Bréfritari: Ragnheiður Daníelsdóttir
Viðtakandi: Daníel Halldórsson
Dagsetning: A-1891-10-31
Skrifað á: Skeggjastöðum  N-Múl. ?
Ragnheiður var dóttir Daníels

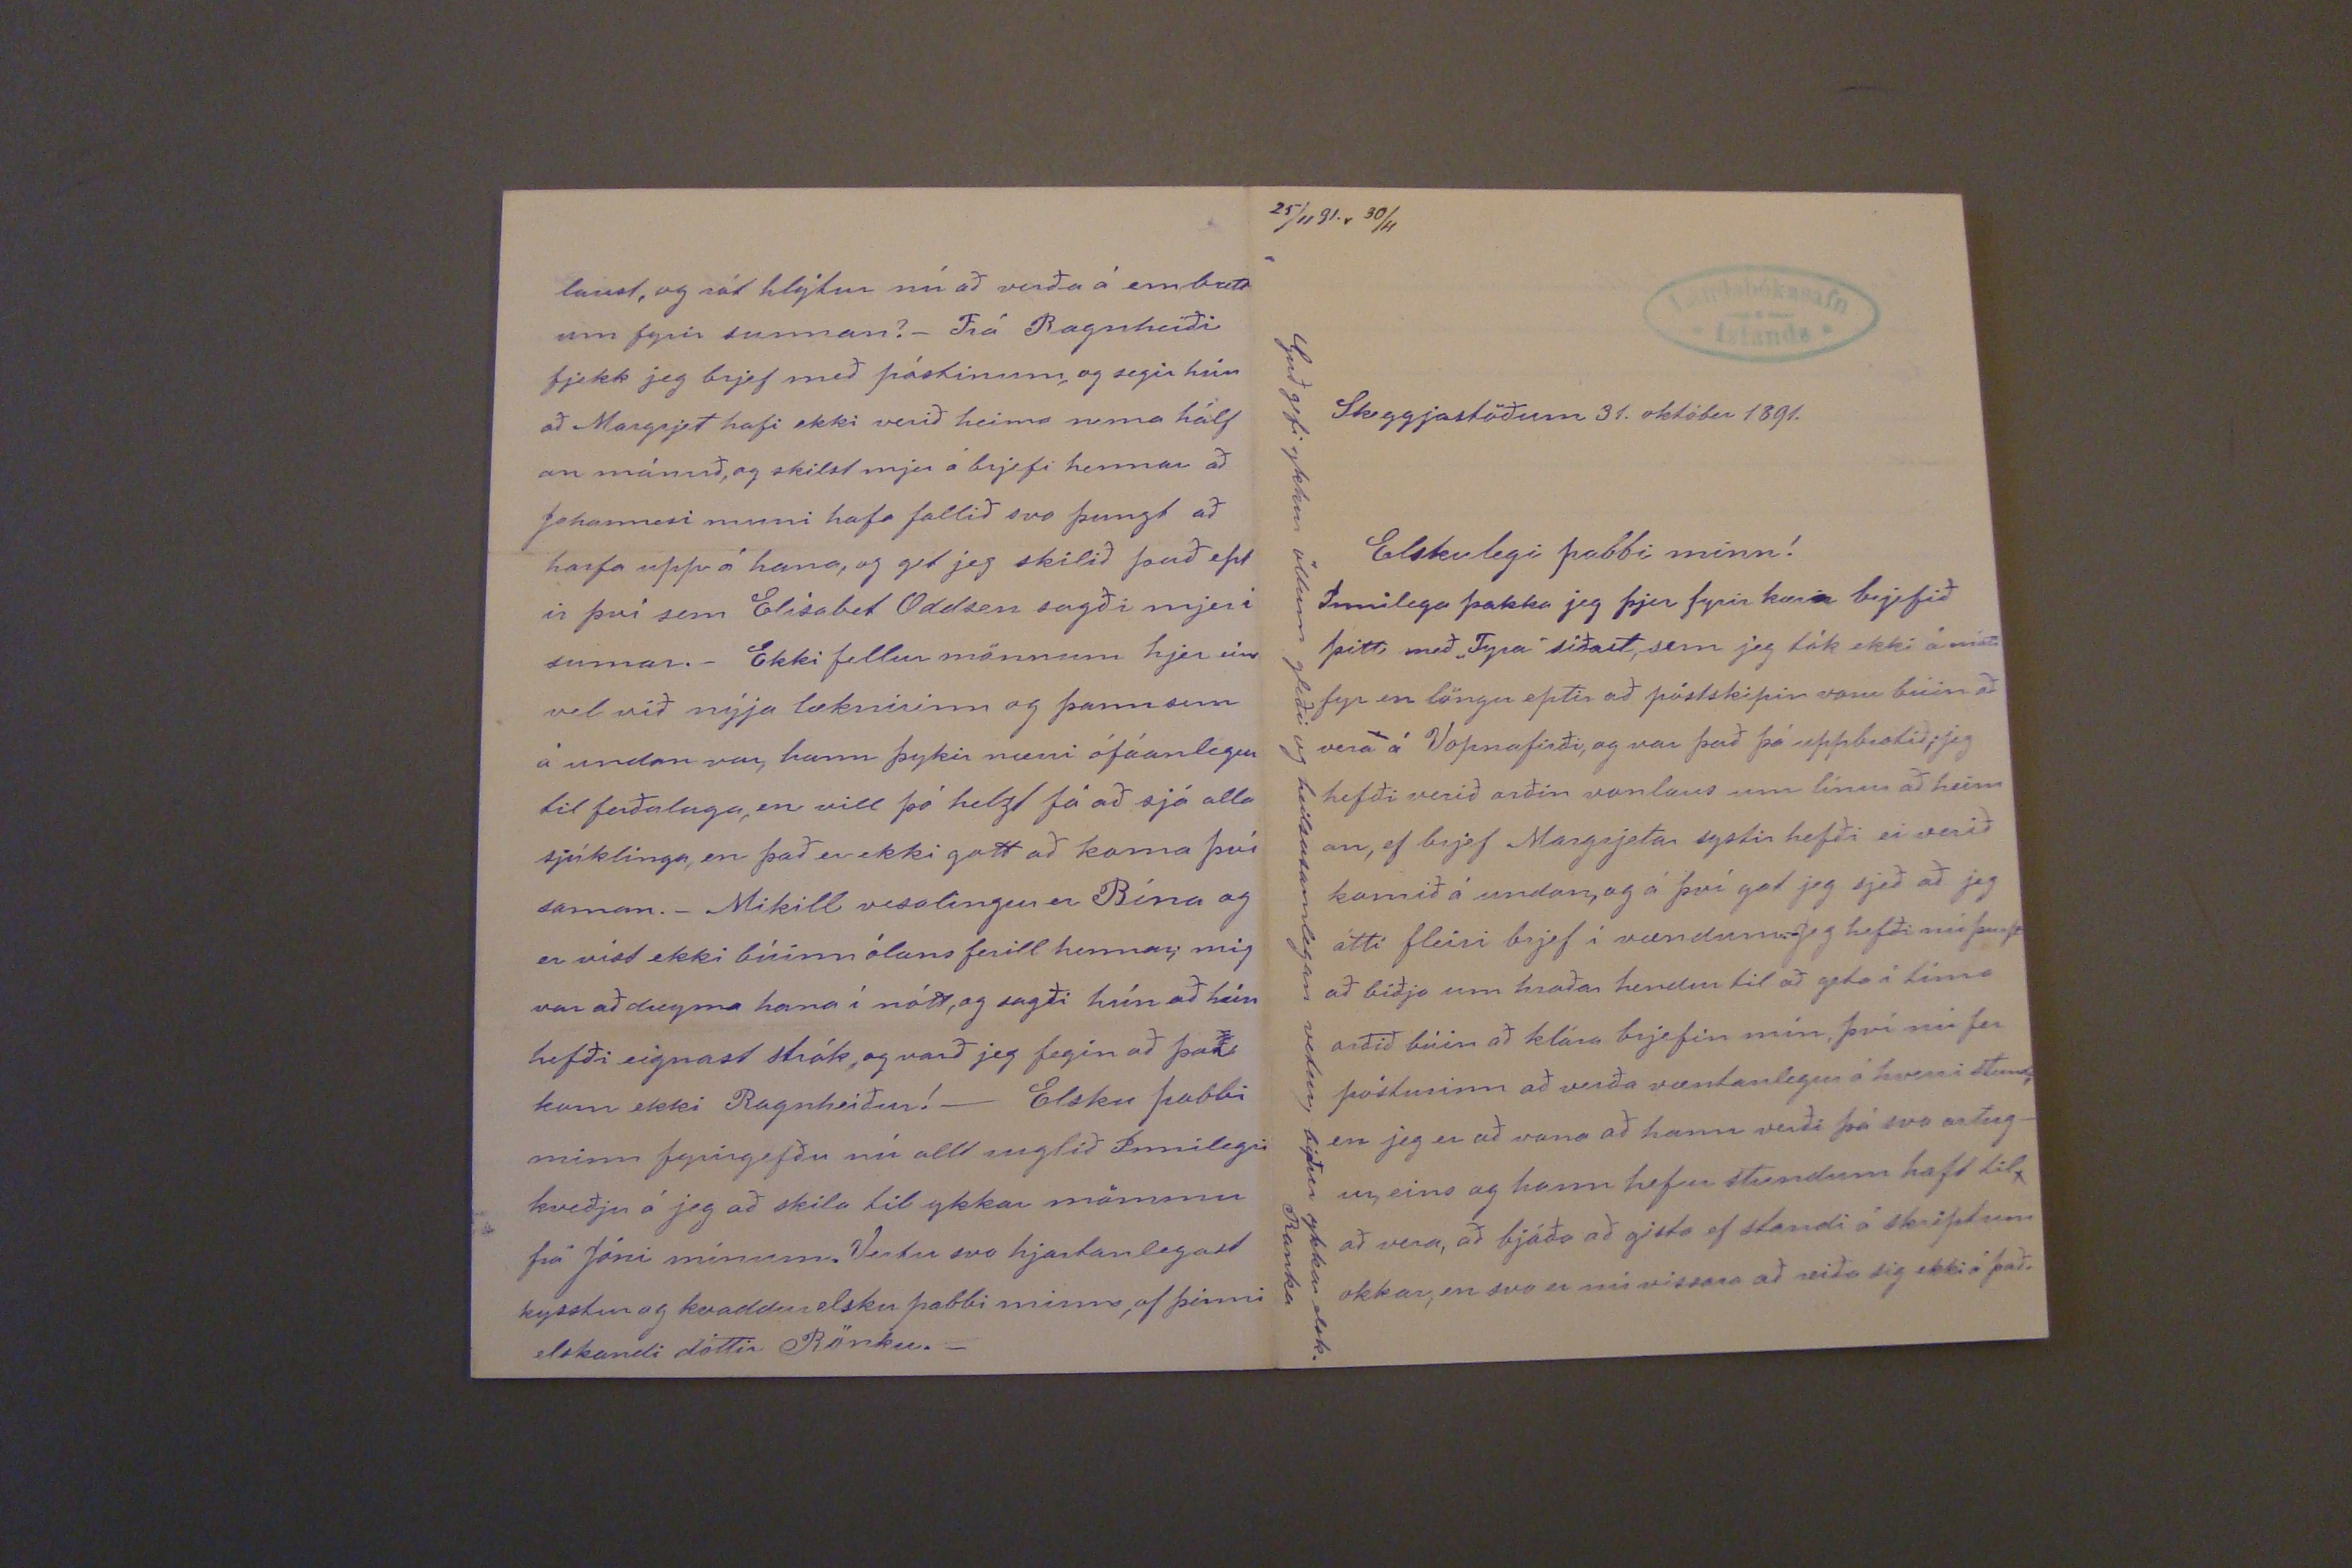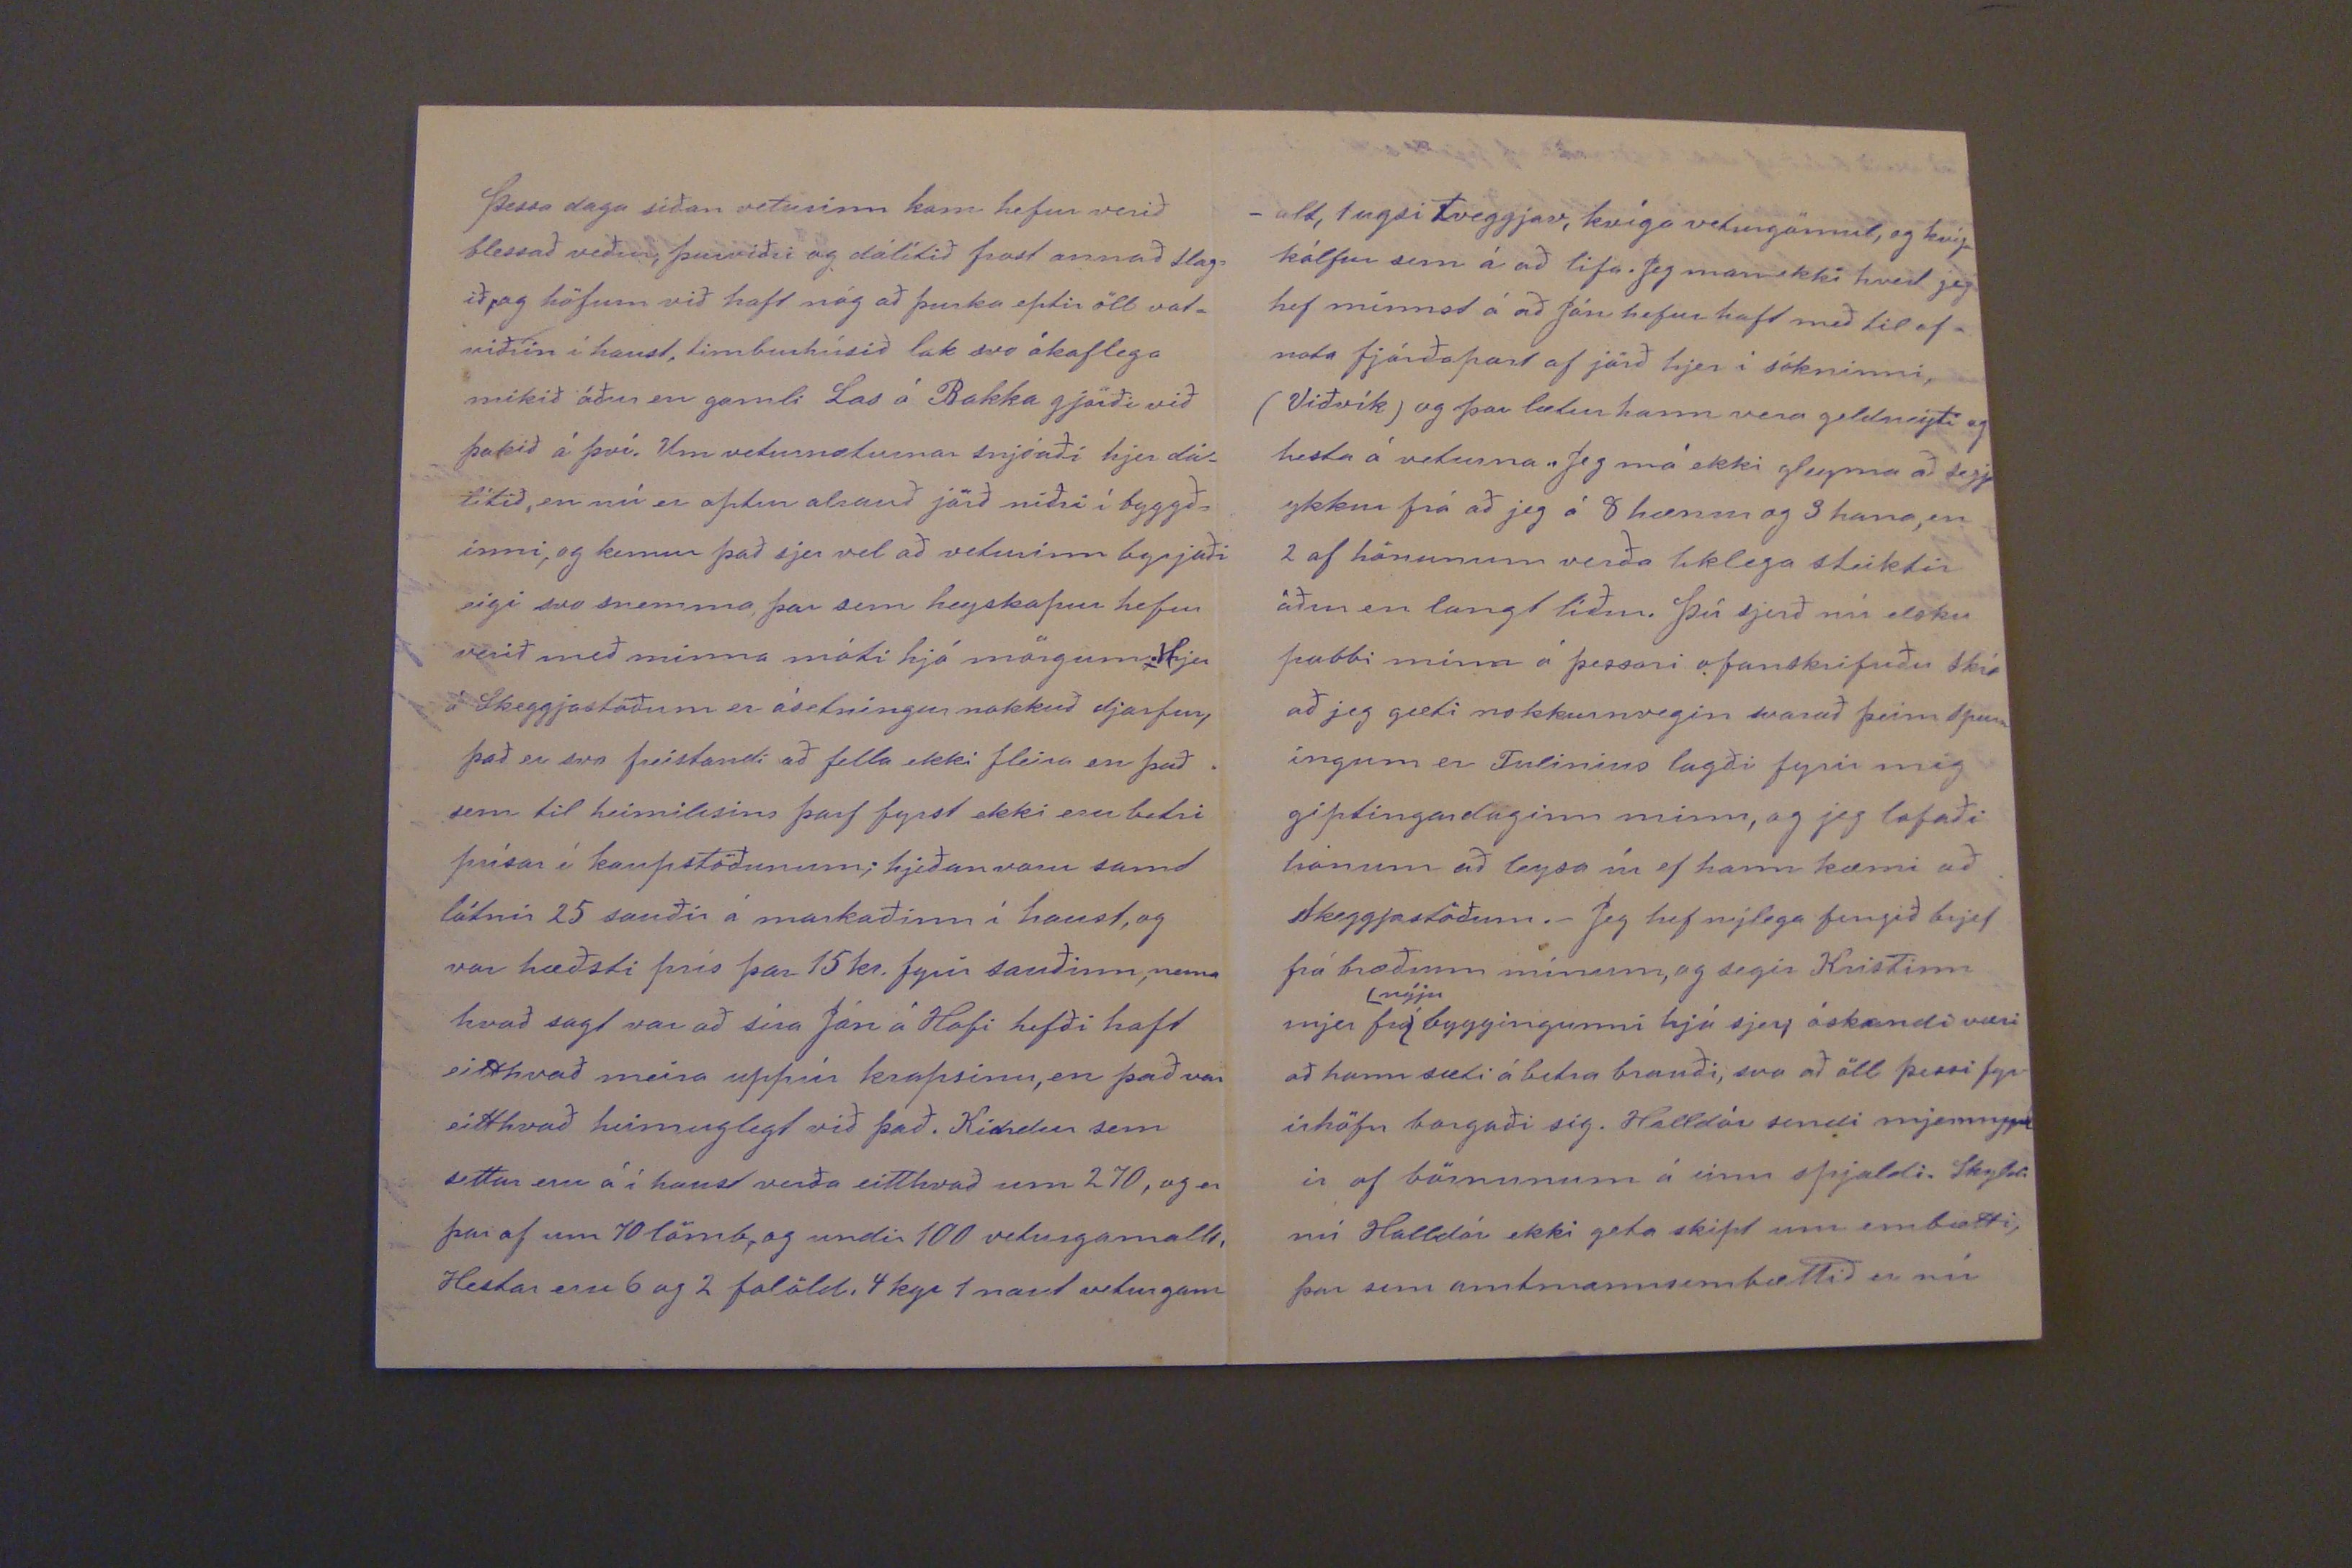

25/11 91. r 30/11
Skeggjastöðum 21. október 1891.
Elskulegi pabbi minn!
Innilega þakka jeg þjer fyrir kæra brjefið þitt með "Thyru" síðast, sem jeg tók ekki á móti fyr en löngu eptir að póstskipin voru búin að vera á Vopnafirði, og var það þá uppbrotið; jeg hefði verið orðin vonlaus um línur að heim an, ef brjef Margrjetar systir hefði ei verið komið á undan, og á því gat jeg sjeð að jeg átti fleiri brjef í vændum. Jeg hefði nú þurft að biðja um hraðar hendur til að geta í tíma orðið búin að klára brjefin mín, því nú fer pósturinn að verða væntanlegur á hverri stund, en jeg er að vona að hann verði þá svo arðug- ur, eins og hann hefur stundum haft til, að vera, að bjóða að gista ef standi á skriptum okkar, en svo er nú vissara að reiða sig ekki á það.
Guð gefi ykkur öllum gleði og heilsusamlegan vetur, biður ykkar elsk. Ranka
Þessa daga síðan veturinn kom hefur verið blessað veður, þurviðri og dálítið frost annað slag= ið, og höfum við haft nóg að þurka eptir öll vot= viðrin í haust, timburhúsið lak svo ákaflega mikið áður en gamli Las á Bakka gjörði við þakið á því. Um veturnæturnar snjóaði hjer dá= lítið, en nú er aptur alrauð jörð niðri í byggð= inni, og kemur það sjer vel að veturinn byrjaði eigi svo snemma, þar sem heyskapur hefur verið með minna móti hjá mörgum. Hjer á Skeggjastöðum er ásetningur nokkuð djarfur, það er svo freistandi að fella ekki fleira en það sem til heimilisins þarf fyrst ekki eru betri prísar í kaupstöðunum; hjeðan voru samt látnir 25 sauðir á markaðinn í haust, og var hæðsti prís þar 15 kr. fyrir sauðinn, nema hvað sagt var að síra Jón á Hofi hefði haft eitthvað meira uppúr krapsinu, en það var eitthvað
kunnuglegt
við það. Kindur sem settar eru á í haust verða eitthvað um 270, og er þar af um 70 lömb, og undir 100 veturgamalls, Hestar eru 6 og 2 folöld, 4 kyr 1 naut veturgam
-alt, 1 ugsi tveggav, kvíga veturgömul, og kvíg- kálfur sem á að lifa. Jeg man ekki hvert jeg hef minnst á að Jón hefur haft með til af_ nota fjórðapart af jörð hjer í sókninni, (Viðvík) og þar lætur hann vera
geldneyti
og hesta á veturna. Jeg má ekki gleyma að segja ykkur frá að jeg á 8 hænur og 3 hana, en 2 af hönunum verða liklega steiktir áður en langt líður. Þú sjerð nú elsku pabbi minn á þessari ofanskrifuðu
skí0
að jeg gæti nokkurnvegin svarað þeim spurn íngum er Tulinius lagði fyrir mig giptingardaginn minn, og jeg lofaði honum að leysa úr ef hann kæmi að skeggjastöðum._ Jeg hef nýlega fengið brjef frá bræðrum mínum, og segir Kristinn mjer frá
nýju
byggingunni hjá sjer; óskandi væri að hann sæti á betra brauði, svo að öll þessi fyr- irhöfn borgaði sig. Halldór sendi mjer mynd ir af börnunum á einu spjaldi. Skyldi nú Halldór ekki geta skipt um embætti, þar sem amtmannsembættið er nú
laust, og rót hlýtur nú að verða á embætt um fyrir sunnan?_ Frá Ragnheiði fjekk jeg brjef með póstinum, og segir hún að Margrjet hafi ekki verið heima nema hálf an mánuð, og skilst mjer á brjefi hennar að Johannesi muni hafa fallið svo þungt að horfa upp á hana, og get jeg skilið það ept ir því sem Elísabet Oddsen sagði mjer í sumar._ Ekki fellur mönnum hjer eins vel við nýja læknirinn og þann sem á undan var, hann þykir nærri ófáanlegur til ferðalaga, en vill þó helzt fá að sjá alla sjúklinga, en það er ekki gott að koma því saman._ Mikill vesalingur er Bína og er víst ekki búinn ólansferill hennar; mig var að dreyma hana í nótt, og sagði hún að hún hefði eignast strák, og varð jeg fegin að
þa0
kom ekki Ragnheiður!_ Elsku pabbi minn fyrirgefðu nú allt ruglið Innilegri kveðju á jeg að skila til ykkar mömmu frá Jóni mínum. Vertu svo hjartanlegast kysstur og kvaddur elsku pabbi minn, af þinni elskandi dóttir. Rönku._